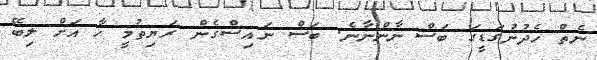
ނެތް ހެދުނުގަޑީގަ ބަސް ނާންނާނެ. ބަސް ނައިސްގެން ރަޔިތުމީ ހާ އަށް ލިބޭ